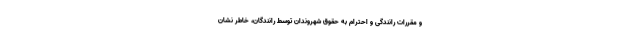
و مقررات رانندگی و احترام به حقوق شهروندان توسط رانندگان، خاطر نشان